Report of the Indian Hemp Drugs Commission, 1894-1895 - Volume I
Year: 1894
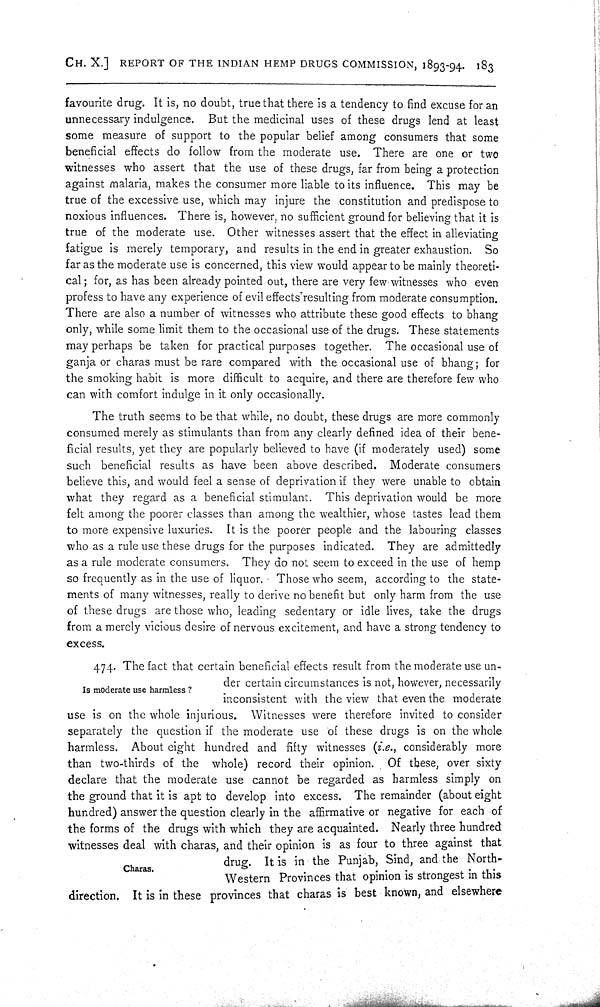
CH. X.] REPORT OF THE INDIAN HEMP DRUGS COMMISSION, 1893-94. 183
favourite drug. It is, no doubt, true that there is a tendency to find excuse for an
unnecessary indulgence. But the medicinal uses of these drugs lend at least
some measure of support to the popular belief among consumers that some
beneficial effects do follow from the moderate use. There are one or two
witnesses who assert that the use of these drugs, far from being a protection
against malaria, makes the consumer more liable to its influence. This may be
true of the excessive use, which may injure the constitution and predispose to
noxious influences. There is, however, no sufficient ground for believing that it is
true of the moderate use. Other witnesses assert that the effect in alleviating
fatigue is merely temporary, and results in the end in greater exhaustion. So
far as the moderate use is concerned, this view would appear to be mainly theoreti-
cal; for, as has been already pointed out, there are very few witnesses who even
profess to have any experience of evil effects resulting from moderate consumption.
There are also a number of witnesses who attribute these good effects to bhang
only, while some limit them to the occasional use of the drugs. These statements
may perhaps be taken for practical purposes together. The occasional use of
ganja or charas must be rare compared with the occasional use of bhang; for
the smoking habit is more difficult to acquire, and there are therefore few who
can with comfort indulge in it only occasionally.
The truth seems to be that while, no doubt, these drugs are more commonly
consumed merely as stimulants than from any clearly defined idea of their bene-
ficial results, yet they are popularly believed to have (if moderately used) some
such beneficial results as have been above described. Moderate consumers
believe this, and would feel a sense of deprivation if they were unable to obtain
what they regard as a beneficial stimulant. This deprivation would be more
felt among the poorer classes than among the wealthier, whose tastes lead them
to more expensive luxuries. It is the poorer people and the labouring classes
who as a rule use these drugs for the purposes indicated. They are admittedly
as a rule moderate consumers. They do not seem to exceed in the use of hemp
so frequently as in the use of liquor. Those who seem, according to the state-
ments of many witnesses, really to derive no benefit but only harm from the use
of these drugs are those who, leading sedentary or idle lives, take the drugs
from a merely vicious desire of nervous excitement, and have a strong tendency to
excess.
Is moderate use harmless ?
474. The fact that certain beneficial effects result from the moderate use un-
der certain circumstances is not, however, necessarily
inconsistent with the view that even the moderate
use is on the whole injurious. Witnesses were therefore invited to consider
separately the question if the moderate use of these drugs is on the whole
harmless. About eight hundred and fifty witnesses (i.e., considerably more
than two-thirds of the whole) record their opinion. Of these, over sixty
declare that the moderate use cannot be regarded as harmless simply on
the ground that it is apt to develop into excess. The remainder (about eight
hundred) answer the question clearly in the affirmative or negative for each of
the forms of the drugs with which they are acquainted. Nearly three hundred
witnesses deal with charas, and their opinion is as four to three against that
drug. It is in the Punjab, Sind, and the North-
-estern Provinces that opinion is strongest in this
direction. It is in these provinces that charas is best known, and elsewhere
Charas.